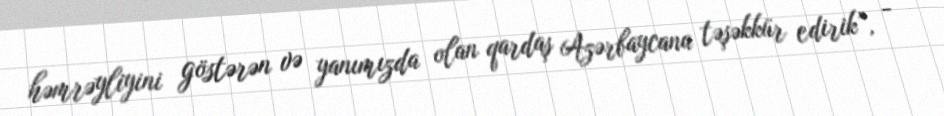
həmrəyliyini göstərən və yanımızda olan qardaş Azərbaycana təşəkkür edirik”, -